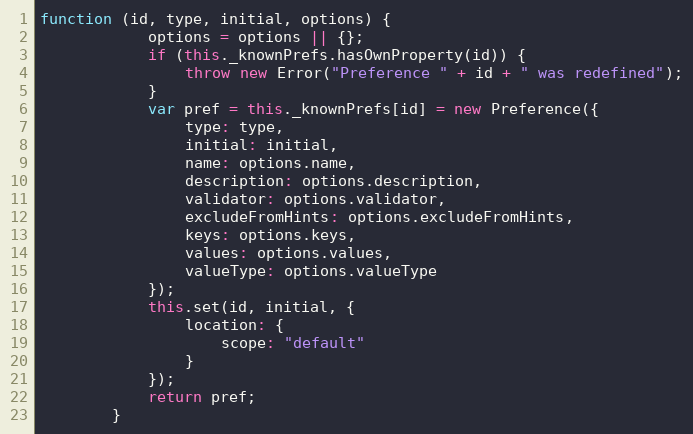
Language: JavaScript
function (id, type, initial, options) {
            options = options || {};
            if (this._knownPrefs.hasOwnProperty(id)) {
                throw new Error("Preference " + id + " was redefined");
            }
            var pref = this._knownPrefs[id] = new Preference({
                type: type,
                initial: initial,
                name: options.name,
                description: options.description,
                validator: options.validator,
                excludeFromHints: options.excludeFromHints,
                keys: options.keys,
                values: options.values,
                valueType: options.valueType
            });
            this.set(id, initial, {
                location: {
                    scope: "default"
                }
            });
            return pref;
        }